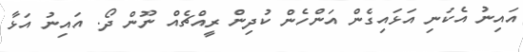
އައިނު އެކަނި އަޅައިގެން އަންހެން ކުދިން ރީއްޗެއް ނޫން ދޯ. އައިނު އަޅާ